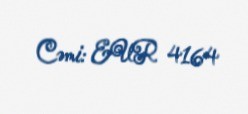
Cəmi: EUR 4164